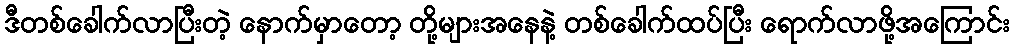
ဒီတစ်ခေါက်လာပြီးတဲ့ နောက်မှာတော့ တို့များအနေနဲ့ တစ်ခေါက်ထပ်ပြီး ရောက်လာဖို့အကြောင်း